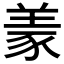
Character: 𱻌